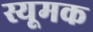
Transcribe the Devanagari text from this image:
स्यूमक